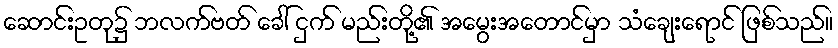
ဆောင်းဥတု၌ ဘလက်ဗတ် ခေါ် ငှက် မည်းတို့၏ အမွေးအတောင်မှာ သံချေးရောင် ဖြစ်သည်။